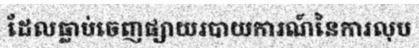
ដែលធ្លាប់ចេញផ្សាយរបាយការណ៍នៃការលុប